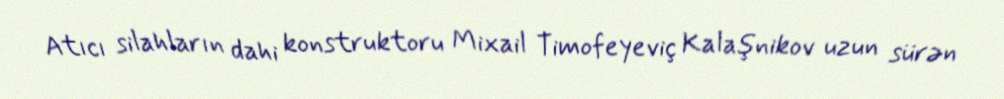
Atıcı silahların dahi konstruktoru Mixail Timofeyeviç Kalaşnikov uzun sürən